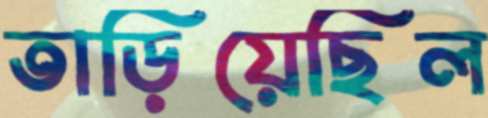
তাড়িয়েছিল